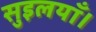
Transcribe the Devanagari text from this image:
सुइलयाँ।